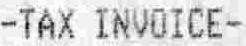
-TAX INVOICE-